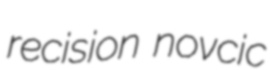
recision novcic